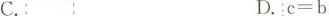
C. D. $$c = b$$